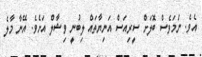
އެވެ. ނަމަވެސް ބޮލަށް ސީރިއަސް އަނިޔާތައް ލިބުނީ ވިޝާލް އަށެވެ. އޭނާ މާލެ